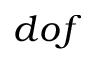
d o f